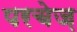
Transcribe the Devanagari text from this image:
परचेज़